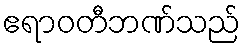
ဧရာဝတီဘဏ်သည်